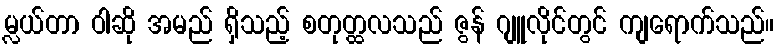
မ္လယ်တာ ဝါဆို အမည် ရှိသည့် စတုတ္ထလသည် ဇွန် ဂျူလိုင်တွင် ကျရောက်သည်။